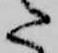
た